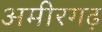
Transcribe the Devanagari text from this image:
अमीरगढ़